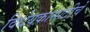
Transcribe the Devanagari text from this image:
विधेयकासाठीचे